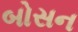
બોસન